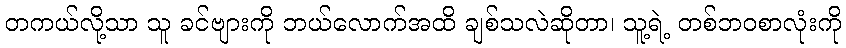
တကယ်လို့သာ သူ ခင်ဗျားကို ဘယ်လောက်အထိ ချစ်သလဲဆိုတာ၊ သူ့ရဲ့ တစ်ဘဝစာလုံးကို